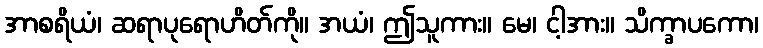
အာစရိယံ၊ ဆရာပုရောဟိတ်ကို။ အယံ၊ ဤသူကား။ မေ၊ ငါ့အား။ သိက္ခာပကော၊